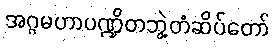
အဂ္ဂမဟာပဏ္ဍိတဘွဲ့တံဆိပ်တော်